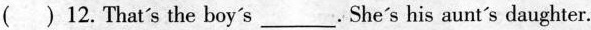
( )12. That's the boy's___. She's his aunt's daughter.